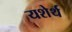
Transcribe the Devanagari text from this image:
यशेर्थ